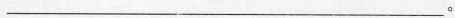
___。